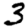
Digit: 3